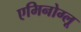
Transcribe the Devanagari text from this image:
एमिनोग्लू